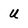
Character: u